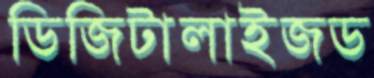
ডিজিটালাইজড